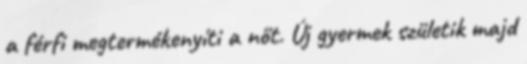
a férfi megtermékenyíti a nőt. Új gyermek születik majd